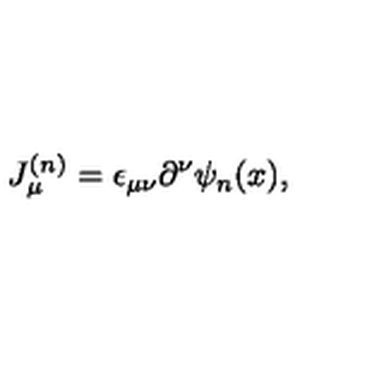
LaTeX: J _ { \mu } ^ { ( n ) } = \epsilon _ { \mu \nu } \partial ^ { \nu } \psi _ { n } ( x ) ,